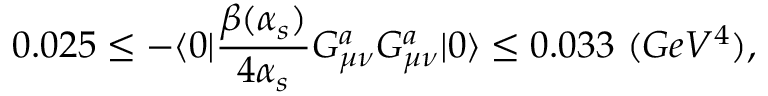
0 . 0 2 5 \leq - \langle { 0 } | { \frac { \beta ( \alpha _ { s } ) } { 4 \alpha _ { s } } } G _ { \mu \nu } ^ { a } G _ { \mu \nu } ^ { a } | { 0 } \rangle \leq 0 . 0 3 3 \ ( G e V ^ { 4 } ) ,